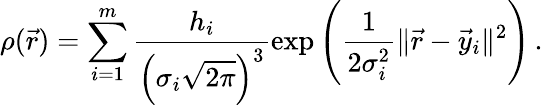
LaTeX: \rho(\vec{r})=\sum_{i=1}^{m}\frac{h_{i}}{\left(\sigma_{i}\sqrt{2\pi}\right)^{3}}\exp\left(\frac 1{2\sigma_{i}^{2}}\lVert\vec{r}-\vec{y}_{i}\rVert^{2}\right)\, .